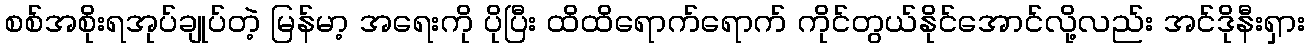
စစ်အစိုးရအုပ်ချုပ်တဲ့ မြန်မာ့ အရေးကို ပိုပြီး ထိထိရောက်ရောက် ကိုင်တွယ်နိုင်အောင်လို့လည်း အင်ဒိုနီးရှား